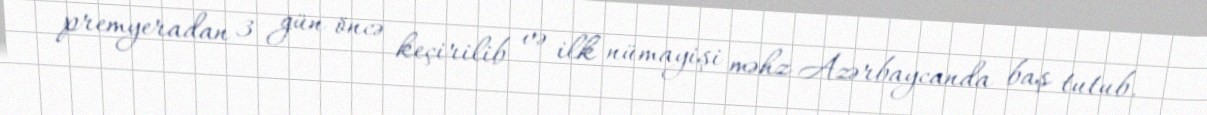
premyeradan 3 gün öncə keçirilib və ilk nümayişi məhz Azərbaycanda baş tutub.